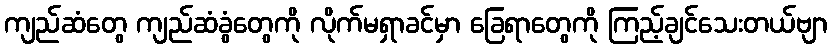
ကျည်ဆံတွေ ကျည်ဆံခွံတွေကို လိုက်မရှာခင်မှာ ခြေရာတွေကို ကြည့်ချင်သေးတယ်ဗျာ